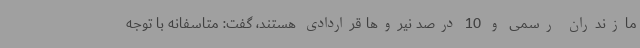
مازندران رسمی و 10 درصد نیروها قراردادی هستند، گفت: متاسفانه با توجه